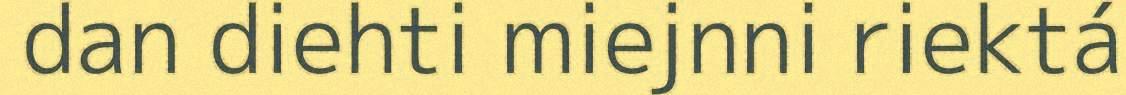
dan diehti miejnni riektá